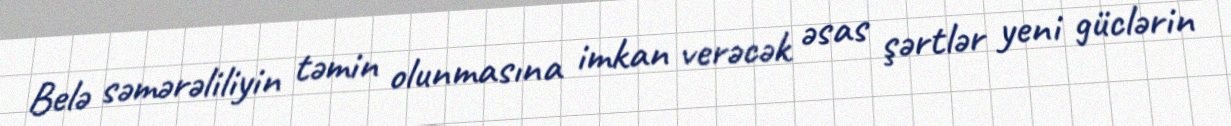
Belə səmərəliliyin təmin olunmasına imkan verəcək əsas şərtlər yeni güclərin